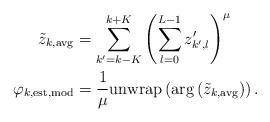
LaTeX: \begin{align*} \Tilde{z}_{k,\mathrm{avg}} &= \sum_{k'=k-K}^{k+K}\left(\sum_{l=0}^{L-1} z'_{k',l}\right)^{\mu} \\ \varphi_{k,\mathrm{est},\mathrm{mod}} &= \frac{1}{\mu}\mathrm{unwrap}\left(\arg\left(\Tilde{z}_{k, \mathrm{avg}}\right)\right).\end{align*}